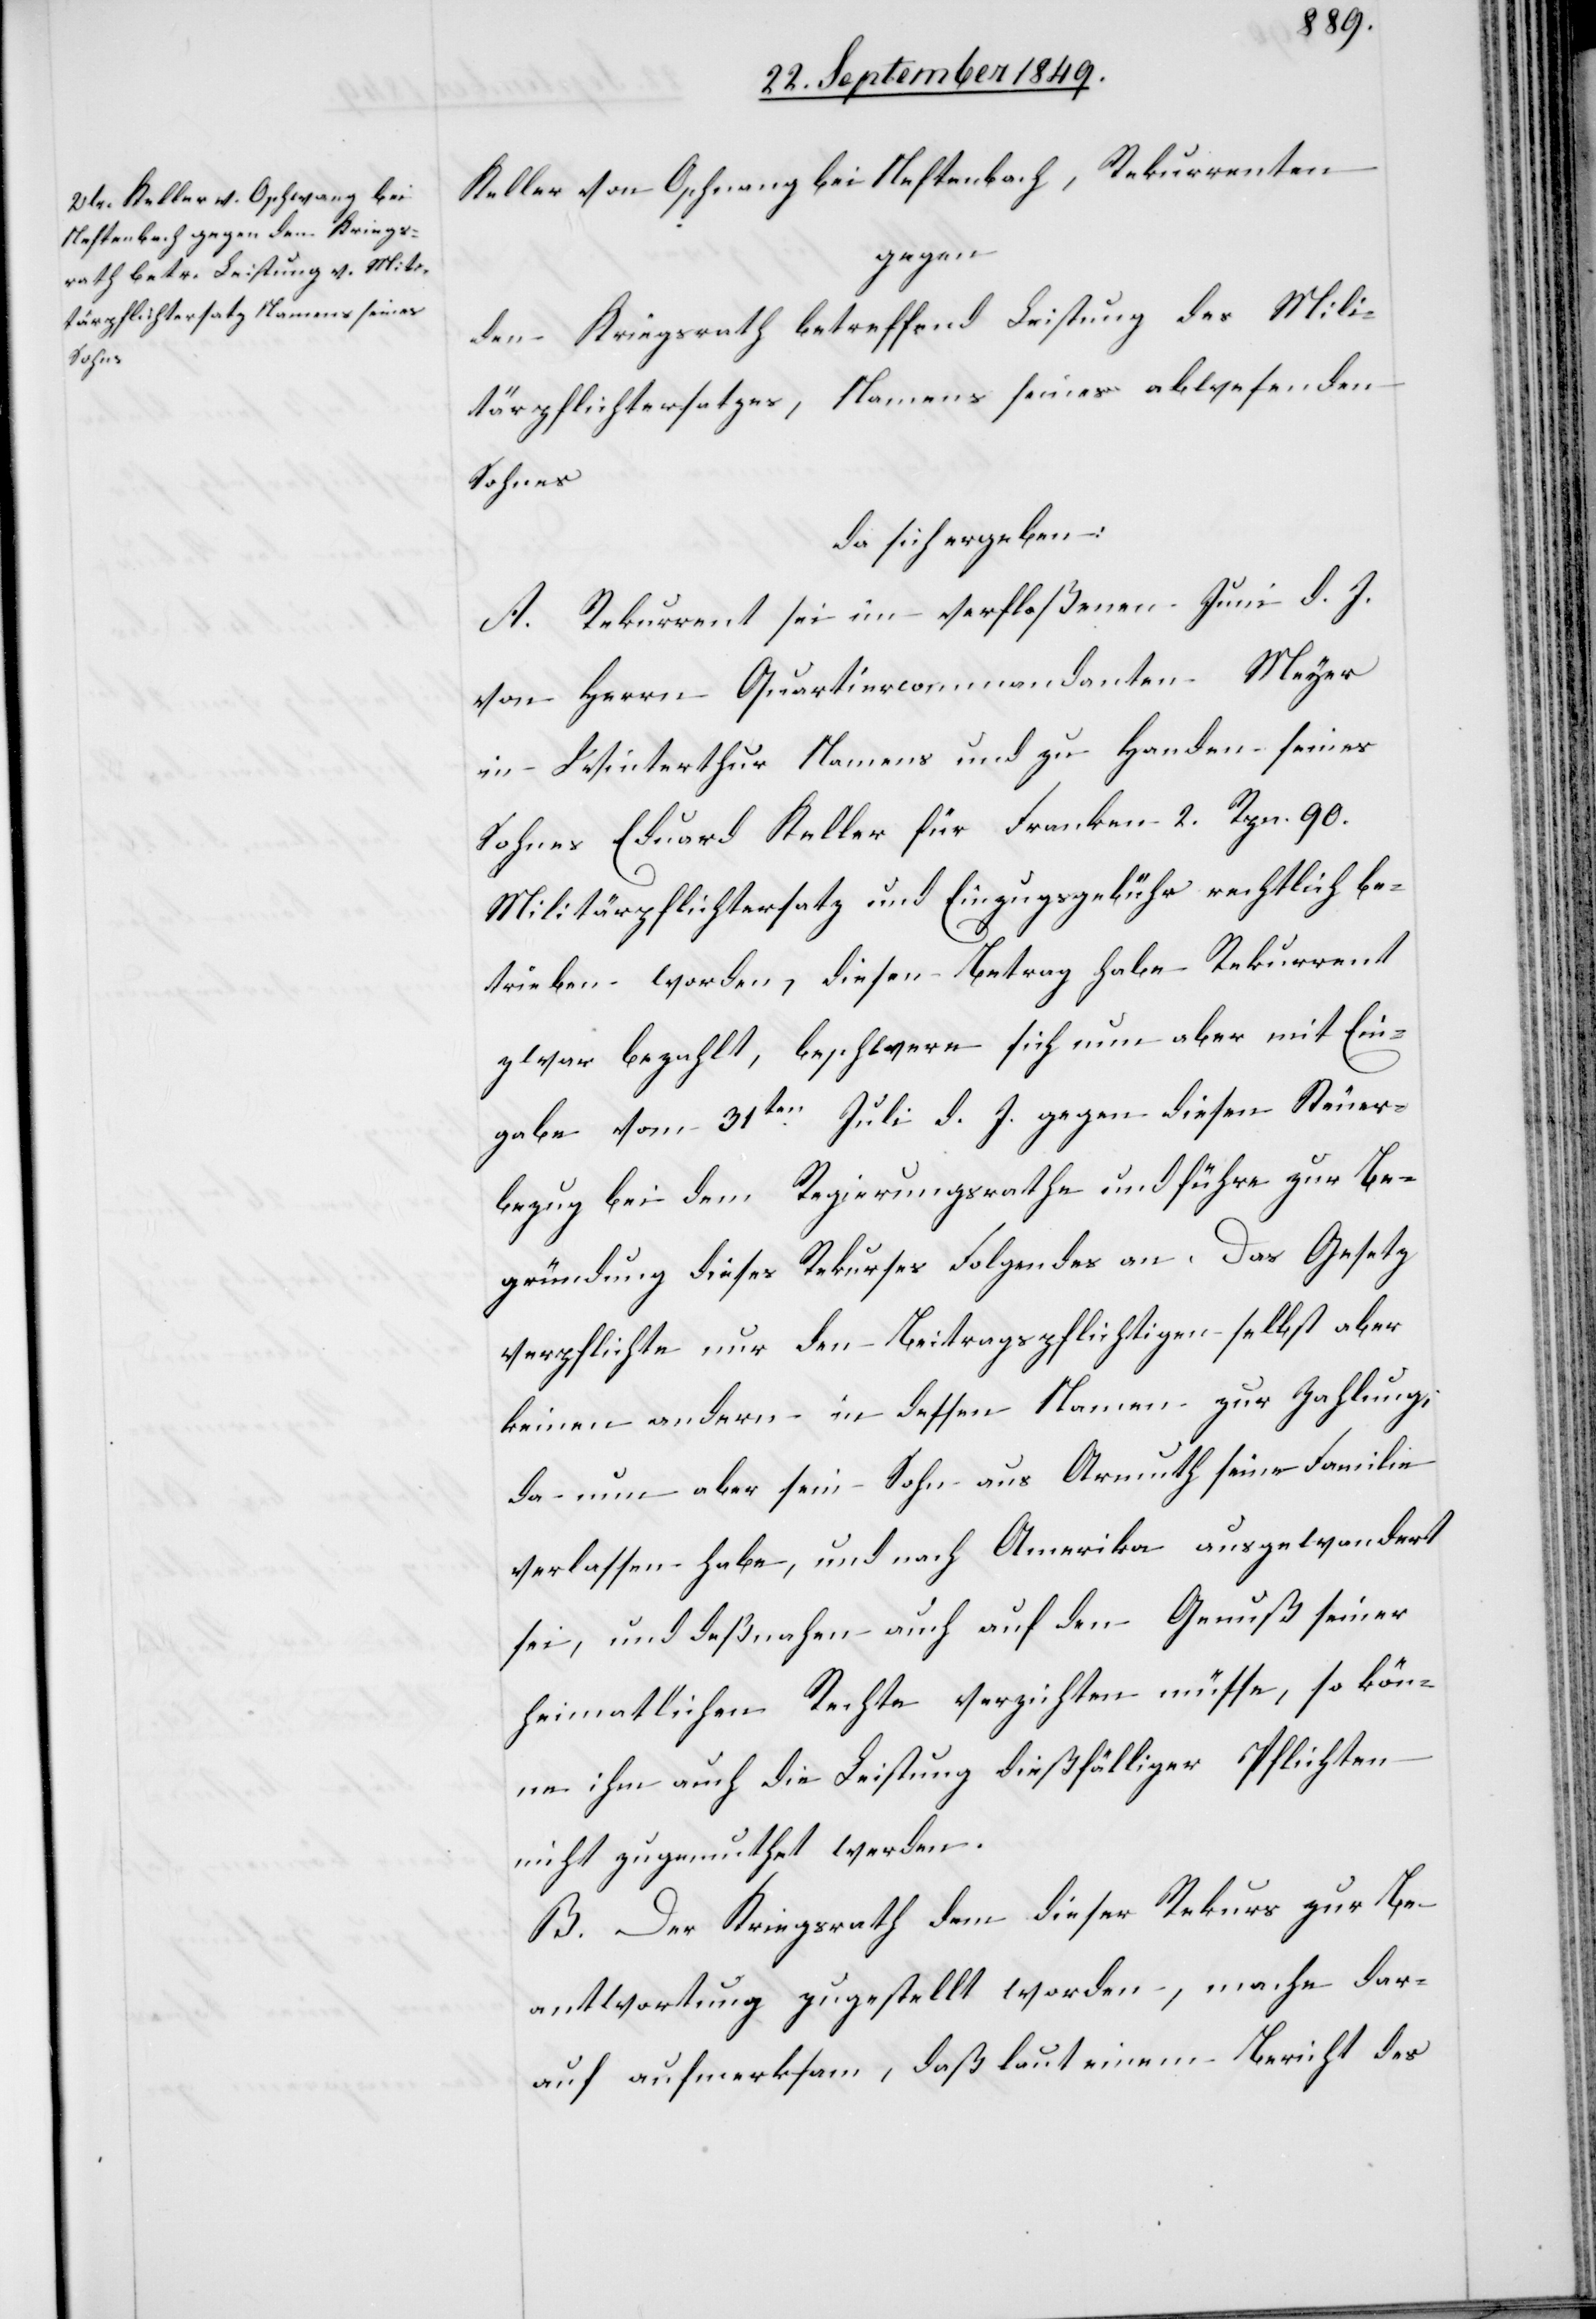
Sohnes

Keller von Oschnang [sic!] bei Neftenbach, Rekurrenten
gegen
den Kriegsrath betreffend Leistung des Mili¬
tärpflichtersatzes, Namens seines abwesenden
da sich ergeben:
A. Rekurrent sei im verfloßenen Juni d. J.
von Herrn Quartiercommandanten Meyer
in Winterthur Namens und zu Handen seines
Sohnes Eduard Keller für Franken 2. Rpn. 90.
Militärpflichtersatz und Einzugsgebühr rechtlich be¬
trieben worden, diesen Betrag habe Rekurrent
zwar bezahlt, beschwere sich nun aber mit Ein¬
gabe vom 31ten Juli d. J. gegen diesen Steuer¬
bezug bei dem Regierungsrathe und führe zur Be¬
gründung dieses Rekurses Folgendes an. Das Gesetz
verpflichte nur den Beitragspflichtigen selbst aber
keine andern in dessen Namen zur Zahlung,
da nun aber sein Sohn aus Armuth ausgewandert
sei, und deßnahen auch auf den Genuß seiner
heimatlichen Rechte verzichten müsse, so kön¬
ne ihn auch die Leistung dießfälliger Pflichten
nicht zugemuthet werden.
B. Der Kriegsrath dem dieser Rekurs zur Be¬
antwortung zugestellt worden, mache dar¬
auf aufmerksam, daß laut einem Bericht des